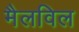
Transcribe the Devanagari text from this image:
मैलविल